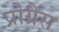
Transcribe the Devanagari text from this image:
प्रोग्रैस